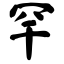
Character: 罕